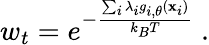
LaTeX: w_{t}=e^{-\frac{\sum_{i}\lambda_{i}g_{i,\theta}(\mathbf{x}_{i})}{k_{B}T}}~.